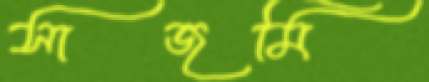
সাজমি